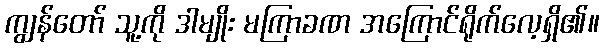
ကျွန်တော် သူ့ကို ဒါမျိုး မကြာခဏ အကြောင်ရိုက်လေ့ရှိ၏။